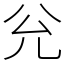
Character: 兊